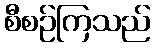
စီစဉ်ကြသည်